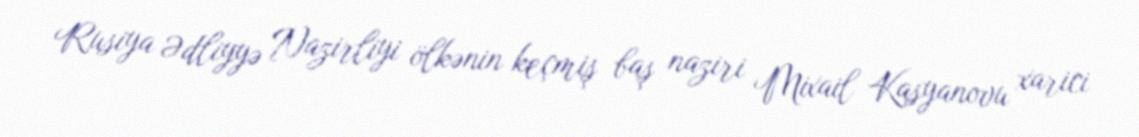
Rusiya Ədliyyə Nazirliyi ölkənin keçmiş baş naziri Mixail Kasyanovu xarici